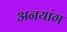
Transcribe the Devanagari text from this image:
अनयांग